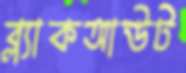
ব্ল্যাকআউট